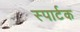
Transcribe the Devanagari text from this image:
स्पार्टक